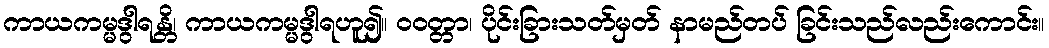
ကာယကမ္မဒွါရန္တိ၊ ကာယကမ္မဒွါရဟူ၍။ ဝဝတ္တာ၊ ပိုင်းခြားသတ်မှတ် နာမည်တပ် ခြင်းသည်လည်းကောင်း။